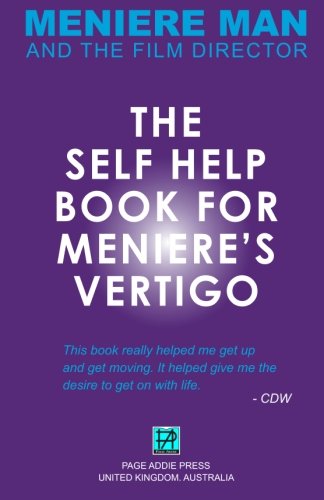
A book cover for Meniere Man. THE SELF-HELP BOOK FOR MENIERE'S VERTIGO ATTACKS; Meniere Man; Health, Fitness & Dieting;